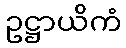
ဥဋ္ဌာယိကံ